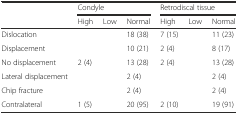
|  | <COLSPAN=3> Condyle | <COLSPAN=3> Retrodiscal tissue |
 |  | High | Low | Normal | High | Low | Normal |
 | --- | --- | --- | --- | --- | --- | --- |
 | Dislocation |  |  | 18 (38) | 7 (15) |  | 11 (23) |
 | Displacement |  |  | 10 (21) | 2 (4) |  | 8 (17) |
 | No displacement | 2 (4) |  | 13 (28) | 2 (4) |  | 13 (28) |
 | Lateral displacement |  |  | 2 (4) |  |  | 2 (4) |
 | Chip fracture |  |  | 2 (4) |  |  | 2 (4) |
 | Contralateral | 1 (5) |  | 20 (95) | 2 (10) |  | 19 (91) |